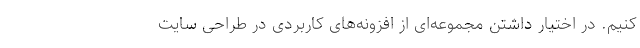
کنیم. در اختیار داشتن مجموعه‌ای از افزونه‌های کاربردی در طراحی سایت